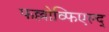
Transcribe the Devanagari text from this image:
फल्लोव्फिएल्द्